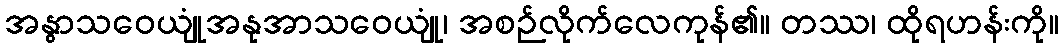
အနွာသဝေယျုံအနုအာသဝေယျုံ၊ အစဉ်လိုက်လေကုန်၏။ တဿ၊ ထိုရဟန်းကို။